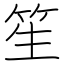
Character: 笙